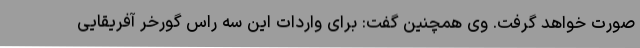
صورت خواهد گرفت. وی همچنین گفت: برای واردات این سه راس گورخر آفریقایی